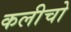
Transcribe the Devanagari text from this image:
कलीचो